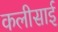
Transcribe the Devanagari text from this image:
कलीसाई